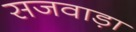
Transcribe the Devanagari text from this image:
सजवाड़ा